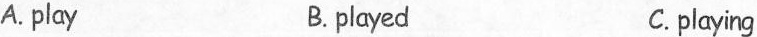
A.play B.played C. playing